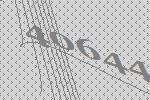
40644